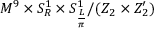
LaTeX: M ^ { 9 } \times S _ { R } ^ { 1 } \times S _ { \frac { L } { \pi } } ^ { 1 } / ( Z _ { 2 } \times Z _ { 2 } ^ { \prime } )